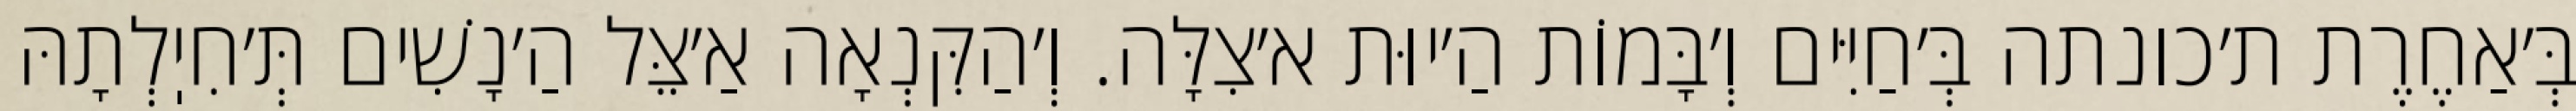
בְּ׳אַחֶרֶת ת׳כונתה בְּ׳חַיִּים וְ׳בָּמוֹת הַ׳יוּת א׳צִלָּה. וְ׳הַקִּנְאָה אַ׳צֵּל הַ׳נָשִׁים תְּ׳חִיֽלְתָהּ